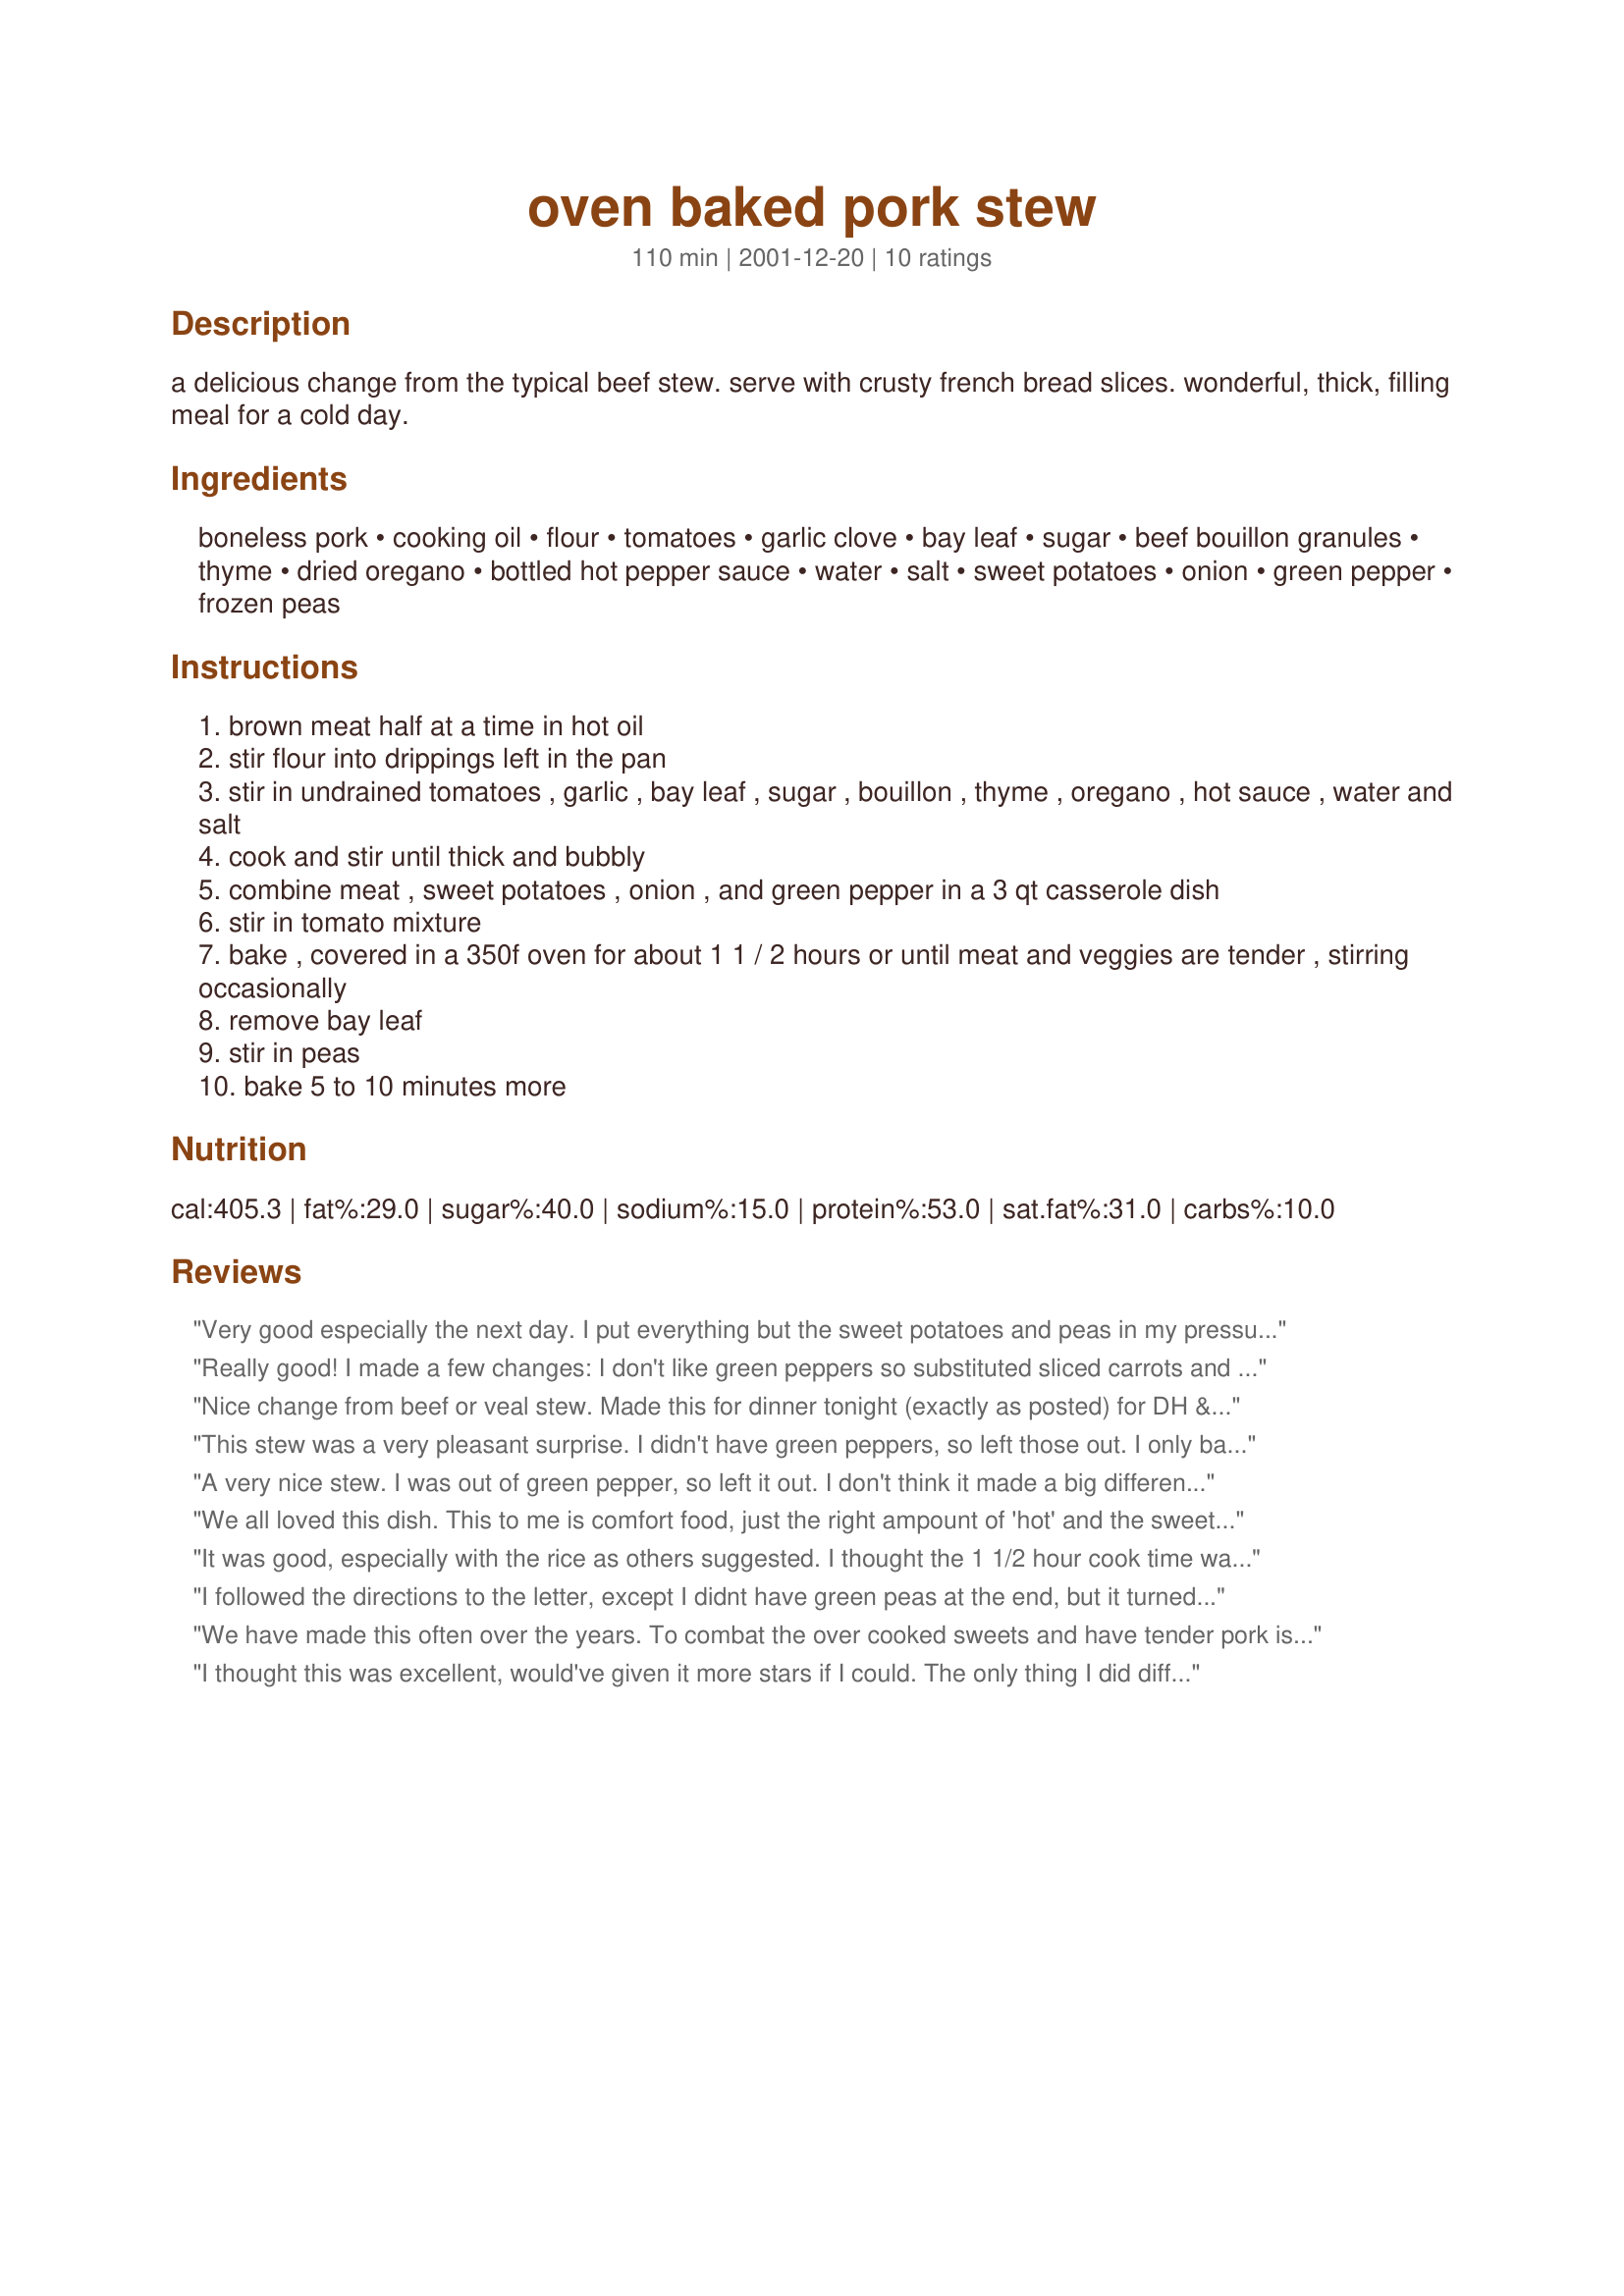
oven baked pork stew
Preparation time: 110 minutes

a delicious change from the typical beef stew. serve with crusty french bread slices. wonderful, thick, filling meal for a cold day.

Ingredients:
boneless pork, cooking oil, flour, tomatoes, garlic clove, bay leaf, sugar, beef bouillon granules, thyme, dried oregano, bottled hot pepper sauce, water, salt, sweet potatoes, onion, green pepper, frozen peas

Steps:
brown meat half at a time in hot oil
stir flour into drippings left in the pan
stir in undrained tomatoes , garlic , bay leaf , sugar , bouillon , thyme , oregano , hot sauce , water and salt
cook and stir until thick and bubbly
combine meat , sweet potatoes , onion , and green pepper in a 3 qt casserole dish
stir in tomato mixture
bake , covered in a 350f oven for about 1 1 / 2 hours or until meat and veggies are tender , stirring occasionally
remove bay leaf
stir in peas
bake 5 to 10 minutes more

Reviews:
Very good especially the next day. I put everything but the sweet potatoes and peas in my pressure cooker for 12 minutes. I then added the potatoes for another 3 minutes and then threw some canned peas in and heated them up. I added red bell pepper instead of green and I didn&#039;t add the beef bouillon since I didn&#039;t have any but I don&#039;t think it mattered as for as taste. This was really good with cornbread!
Really good! I made a few changes: I don't like green peppers so substituted sliced carrots and used crushed rosemary and basil in place of the oregano (since I didn't have any oregano). I agree with an earlier reviewer about the sweet potatoes getting a bit too soft with an hour and a half cooking time. I will reduce the time as well next time I make this - and there will be a next time!
Nice change from beef or veal stew. Made this for dinner tonight (exactly as posted) for DH & DS. Served it with a tossed salad and good crusty bread. The only complaints were that it was a bit dry and the potatoes were too soft. Flavor was good, pork very tender. Will add this to my "regular" repertoire, but will cut the oven time to 1 hour. Good recipe, glad you posted it!
This stew was a very pleasant surprise. I didn't have green peppers, so left those out. I only baked the stew for 1 hour as the sweet potatoes were turning to mush. However, the pork could have used a bit more time. I think next time I'll cut the potatoes into larger chunks so they'll make it for the full 1-1/2 hour cook time. The flavors were wonderful and we all wished there had been leftovers. Next time I'll double the recipe. Thanks, Karen, for a nice change of pace!
A very nice stew. I was out of green pepper, so left it out. I don't think it made a big difference, although I will add it next time. I loved the sweet potatoes in this. The sauce this made was wonderful! Will be making this again.
We all loved this dish. This to me is comfort food, just the right ampount of 'hot' and the sweet potato addition is a winner, I served it with another 'zaar recipe Chicken Rice Pilaf (25087) went together well. Thanks for another goodie Karen! =)
It was good, especially with the rice as others suggested. I thought the 1 1/2 hour cook time was just perfect.
I followed the directions to the letter, except I didnt have green peas at the end, but it turned out very well. I also used spare ribs (taken from the shoulder) which is a family favorite. The spare ribs enriched the gravy. The gravy was very good, neither spicy nor sour, and was a perfect match for crusty bread or rice. We will definitely make this again and again. 

Next time, I intend to add half a cup of cherry wine to give it distinct flavor. I have made a similar dish using exactly the same ingredients slow-cooked on the stove with cherry wine. It should turn out well with this recipe too despite the latter being cooked in the oven. Thanks for sharing !
We have made this often over the years. To combat the over cooked sweets and have tender pork is really quite easy. Cook the stew less the sweets for a half hour or so, then stir in the sweets and cook for another hour. Tender pork and just right sweets!
I thought this was excellent, would've given it more stars if I could. The only thing I did different, was I upped the flour to 3 tablespoons, and used 3 cans of diced tomatoes out of laziness. Everything else stayed the same. I made this the other day when it was my bosses birthday, and we all made something to bring in for our lunch. Everyone asked for a copy of the recipe, and the small amount that was left after lunch was brought home by my boss to eat for dinner.........on top of the 4 helpings he had at lunch. I look forward to making this dish many, many more times. I never knew I would like sweet potatoes, but they really make this dish. Also, I read other reviews, 1 hour was fine for this, from start to finish.
